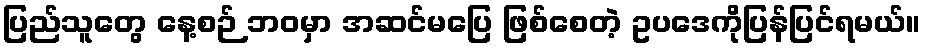
ပြည်သူတွေ နေ့စဉ် ဘဝမှာ အဆင်မပြေ ဖြစ်စေတဲ့ ဥပဒေကိုပြန်ပြင်ရမယ်။